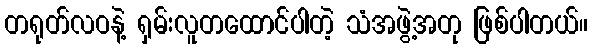
တရုတ်လဝနဲ့ ရှမ်းလူတထောင်ပါတဲ့ သံအဖွဲ့အတု ဖြစ်ပါတယ်။